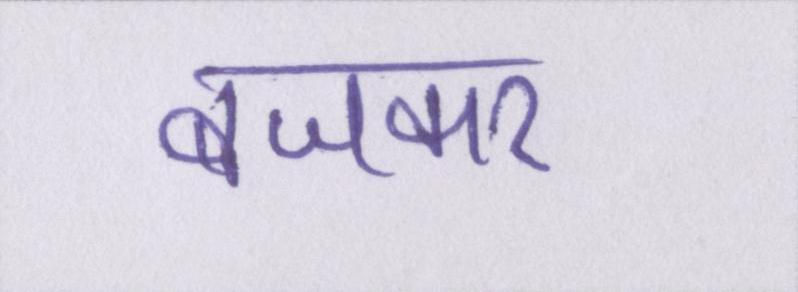
बजकर